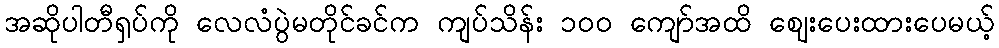
အဆိုပါတီရှပ်ကို လေလံပွဲမတိုင်ခင်က ကျပ်သိန်း ၁၀၀ ကျော်အထိ ဈေးပေးထားပေမယ့်